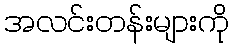
အလင်းတန်းများကို